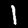
Label: 1